Civil Veterinary Dept. Bombay admin report 1907-1913 - 1907-1913
Year: 1907
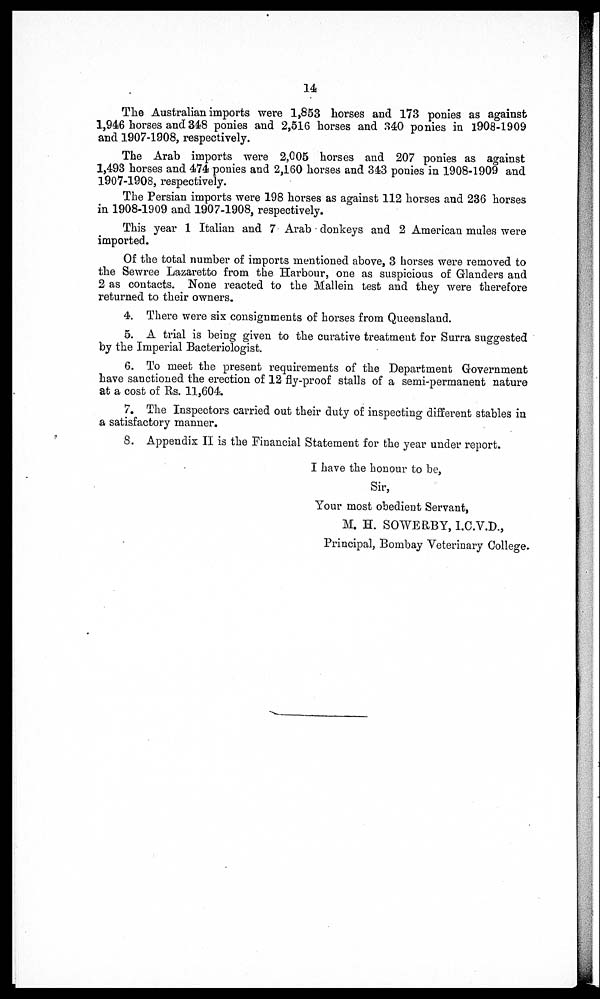
14
The Australian imports were 1,853 horses and 173 ponies as against
1,946 horses and 348 ponies and 2,516 horses and 340 ponies in 1908-1909
and 1907-1908, respectively.
The Arab imports were 2,005 horses and 207 ponies as against
1,493 horses and 474 ponies and 2,160 horses and 343 ponies in 1908-1909 and
1907-1908, respectively.
The Persian imports were 198 horses as against 112 horses and 236 horses
in 1908-1909 and 1907-1908, respectively.
This year 1 Italian and 7 Arab donkeys and 2 American mules were
imported.
Of the total number of imports mentioned above, 3 horses were removed to
the Sewree Lazaretto from the Harbour, one as suspicious of Glanders and
2 as contacts. None reacted to the Mallein test and they were therefore
returned to their owners.
4. There were six consignments of horses from Queensland.
5. A trial is being given to the curative treatment for Surra suggested
by the Imperial Bacteriologist.
6. To meet the present requirements of the Department Government
have sanctioned the erection of 12 fly-proof stalls of a semi-permanent nature
at a cost of Rs. 11,604.
7. The Inspectors carried out their duty of inspecting different stables in
a satisfactory manner.
8. Appendix II is the Financial Statement for the year under report.
I have the honour to be,
Sir,
Your most obedient Servant,
M. H. SOWERBY, I.C.V.D.,
Principal, Bombay Veterinary College.